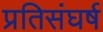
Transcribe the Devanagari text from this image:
प्रतिसंघर्ष